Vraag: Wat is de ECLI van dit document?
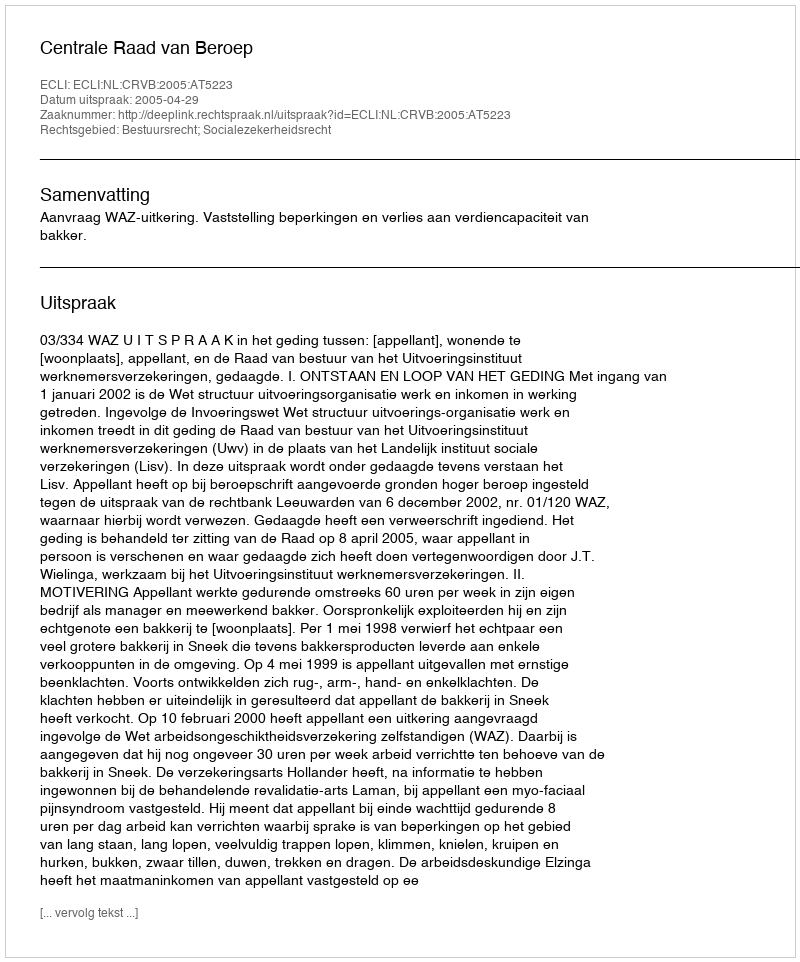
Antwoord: ECLI:NL:CRVB:2005:AT5223